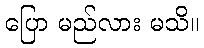
ပြော မည်လား မသိ။